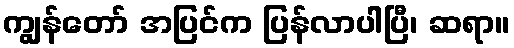
ကျွန်တော် အပြင်က ပြန်လာပါပြီ၊ ဆရာ။